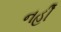
નહીઁ